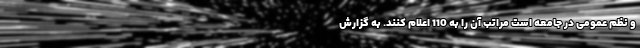
و نظم عمومی در جامعه است مراتب آن را به 110 اعلام کنند. به گزارش